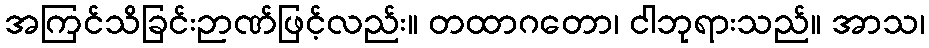
အကြင်သိခြင်းဉာဏ်ဖြင့်လည်း။ တထာဂတော၊ ငါဘုရားသည်။ အာသ၊